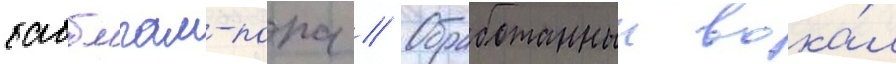
бабблгам-попа // Обработанныи вока́л